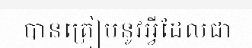
បានត្រៀមនូវអ្វីដែលជា